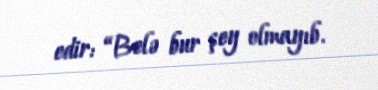
edir: “Belə bur şey olmayıb.